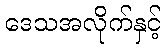
ဒေသအလိုက်နှင့်